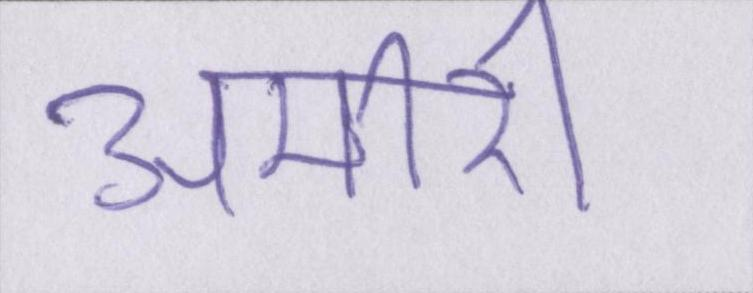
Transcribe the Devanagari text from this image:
अमीरी